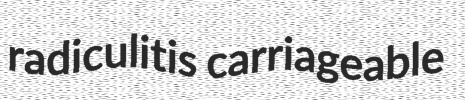
radiculitis carriageable